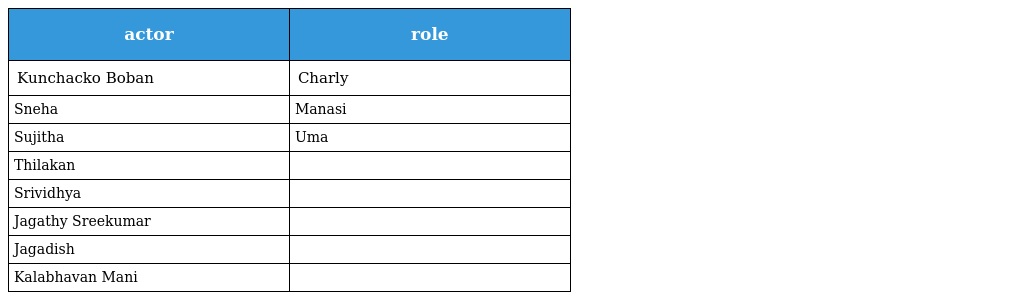
| actor | role |
 | --- | --- |
 | Kunchacko Boban | Charly |
 | Sneha | Manasi |
 | Sujitha | Uma |
 | Thilakan |  |
 | Srividhya |  |
 | Jagathy Sreekumar |  |
 | Jagadish |  |
 | Kalabhavan Mani |  |